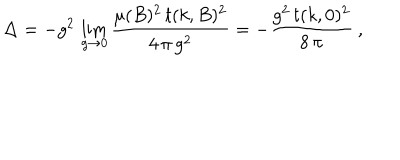
\Delta = - g ^ { 2 } \, \lim _ { g \to 0 } \frac { \mu ( B ) ^ { 2 } \, t ( k , B ) ^ { 2 } } { 4 \, \pi \, g ^ { 2 } } = - \frac { g ^ { 2 } \, t ( k , 0 ) ^ { 2 } } { 8 \, \pi } \: ,